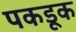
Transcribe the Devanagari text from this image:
पकडूक